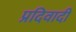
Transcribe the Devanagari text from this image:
प्रदिवादी